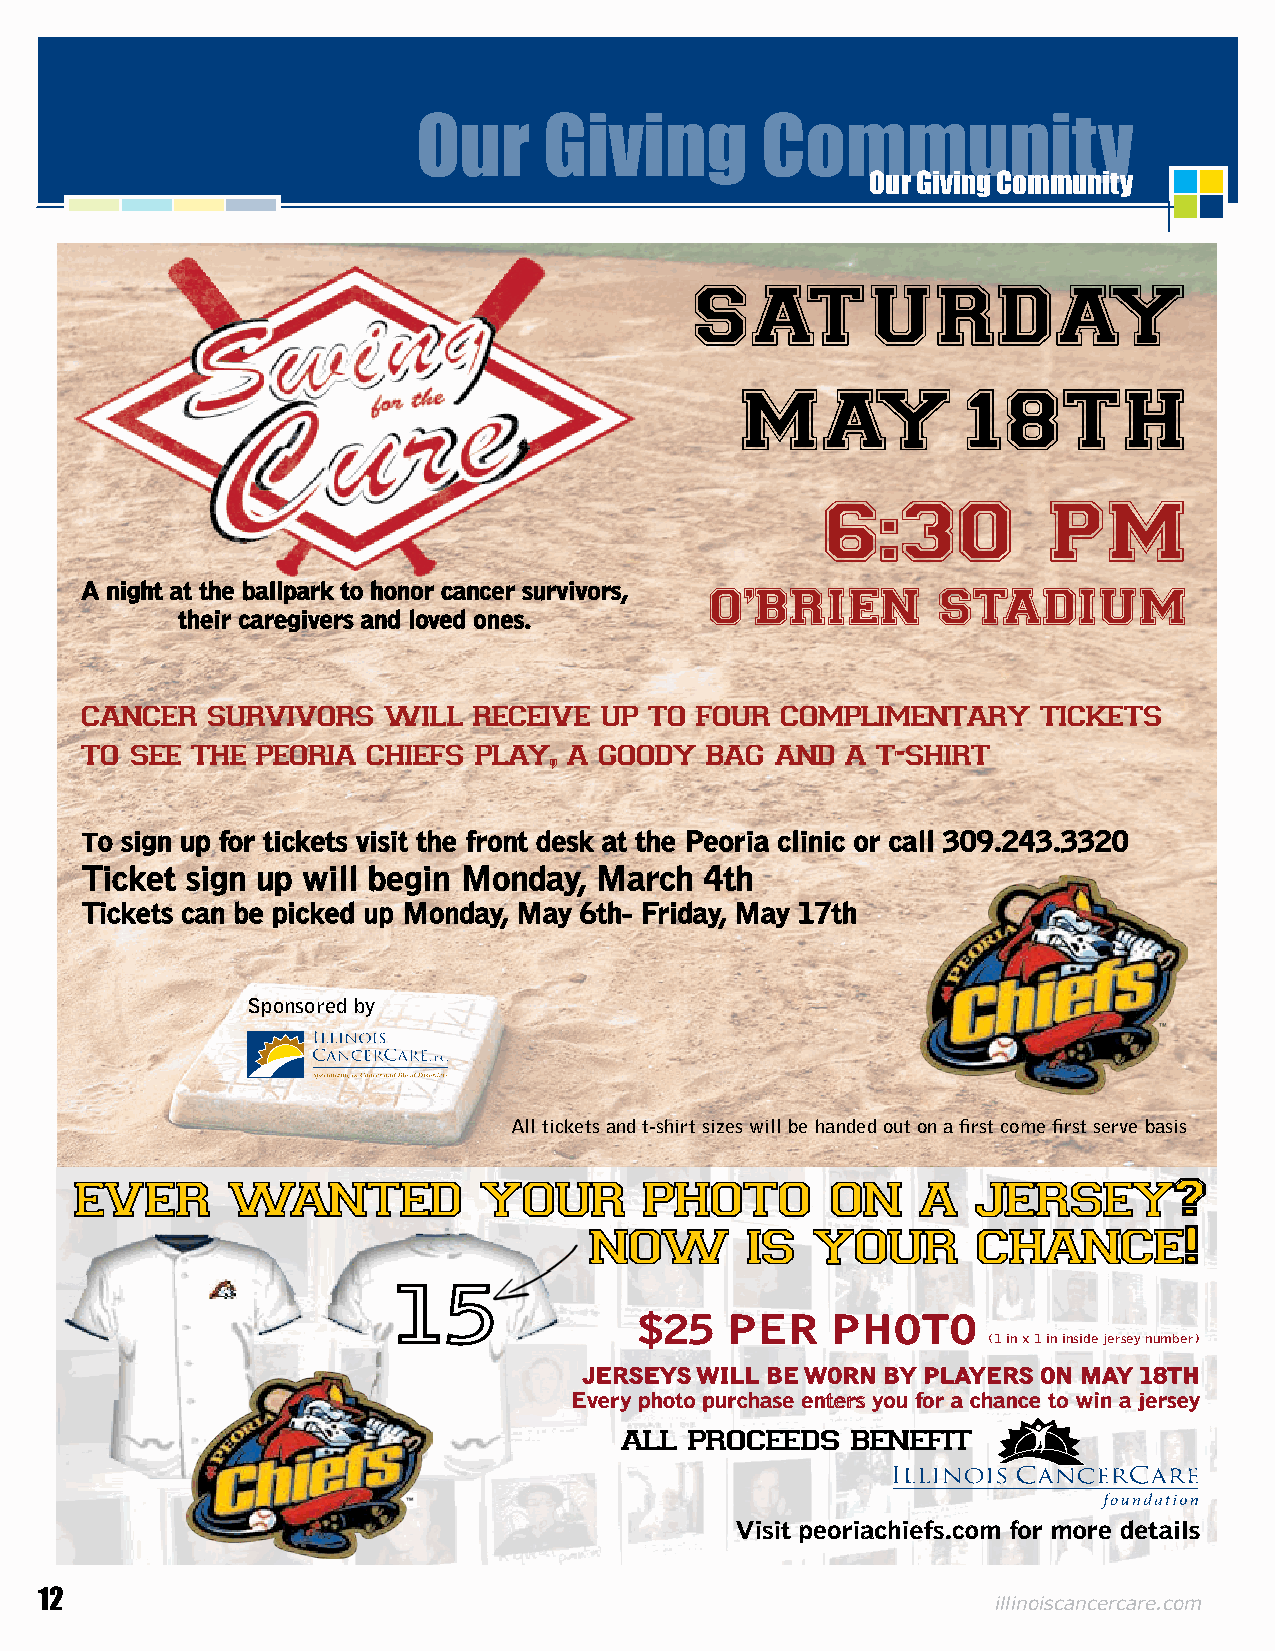
Our     Giving        Community
 Our Giving Community
 SATURDAY
 MAY18TH
 6:3       0     PM
 A night at the ballpark to honor cancer survivors, O’BRIEN STADIUM
 their caregivers and loved ones.
 cancer   survivors  will  receive  up to four  complimentary    tickets
 to  see the peoria chiefs play,  a goody  bag and  a t-shirt
 To sign up for tickets visit the front desk at the Peoria clinic or call 309.243.3320
 Ticket sign up will begin Monday, March   4th
 Tickets can be picked up Monday, May 6th- Friday, May 17th
 Sponsored by
 All tickets and t-shirt sizes will be handed out on a first come first serve basis
 ever      wanted           your       photo       on    a   jersey?
 now       is   your       chance!
 $25   PER    PHOTO
 (1 in x 1 in inside jersey number)
 JERSEYS WILL BE WORN BY PLAYERS ON MAY 18TH
 Every photo purchase enters you for a chance to win a jersey
 all  proceed s b e n e f it
 Visit peoriachiefs.com for more details
 12                                                              illinoiscancercare.com